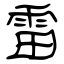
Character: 雷